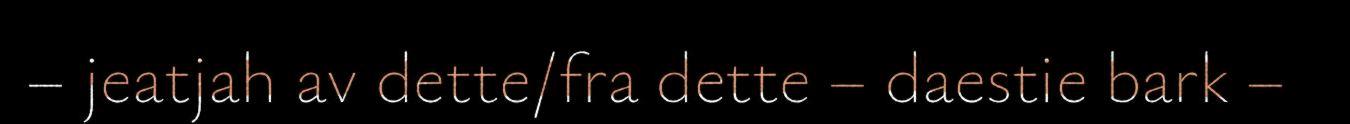
– jeatjah av dette/fra dette – daestie bark –